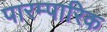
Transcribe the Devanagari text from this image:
पारम्पारिक